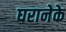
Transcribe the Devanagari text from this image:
घरानेके